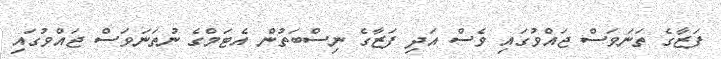
ފަޒާގެ ތަނަވަސް ޖައްވުގައި ވެސް އަދި ފަޒާގެ ނިސްބަތުން އެޓަމްގެ ނުތަނަވަސް ޖައްވުގައި